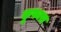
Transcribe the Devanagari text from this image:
कुफारा